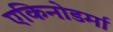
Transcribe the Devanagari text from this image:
एकिनोडर्मा